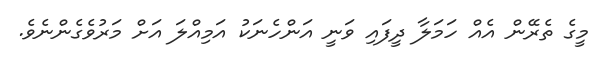
މީގެ ތެރޭން އެއް ހަމަލާ ދީފައި ވަނީ އަންހެނަކު އަމިއްލަ އަށް މަރުވެގެންނެވެ.